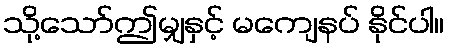
သို့သော်ဤမျှနှင့် မကျေနပ် နိုင်ပါ။